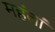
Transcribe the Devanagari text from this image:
महंतां